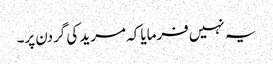
یہ نہیں فرمایا کہ مرید کی گردن پر۔